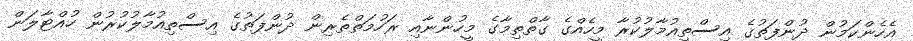
އެހެންކަމުން ދުންފަތުގެ އިސްތިއުމާލުކުރާ މީހެއްގެ ގާތްތިމާގެ މީހުންނާއި ރަހުމަތްތެރިން ދުންފަތުގެ އިސްތިއުމާލުކުރުން ހުއްޓާލަން